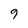
Character: 9